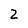
Character: 2